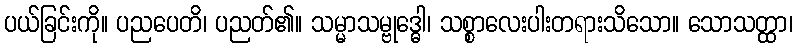
ပယ်ခြင်းကို။ ပညပေတိ၊ ပညတ်၏။ သမ္မာသမ္ဗုဒ္ဓေါ၊ သစ္စာလေးပါးတရားသိသော။ သောသတ္ထာ၊